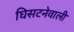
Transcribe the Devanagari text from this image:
घिसटनेवाली